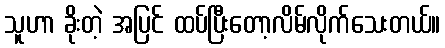
သူဟာ ခိုးတဲ့ အပြင် ထပ်ပြီးတော့လိမ်လိုက်သေးတယ်။